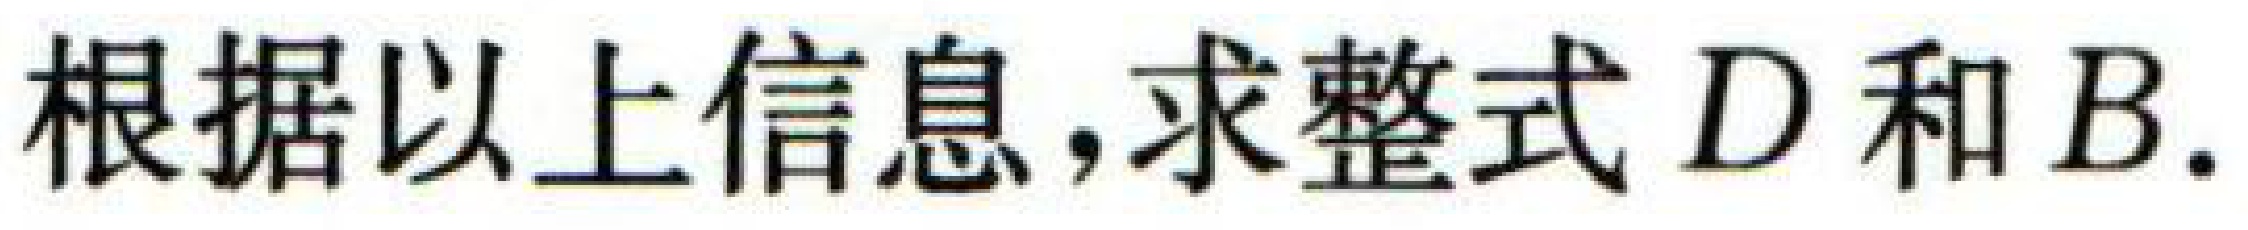
根据以上信息,求整式 \(D\) 和 \(B\).